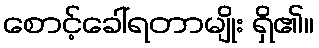
စောင့်ခေါ်ရတာမျိုး ရှိ၏။